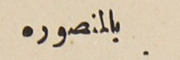
بالمنصوره